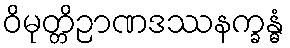
ဝိမုတ္တိဉာဏဒဿနက္ခန္ဓံ